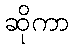
ဆိုကာ